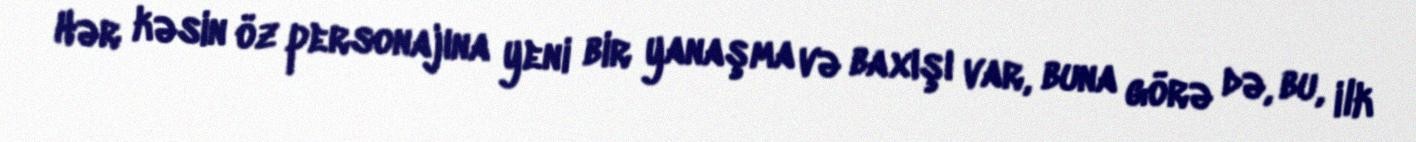
Hər kəsin öz personajına yeni bir yanaşma və baxışı var, buna görə də, bu, ilk